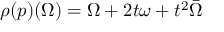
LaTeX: \rho ( p ) ( \Omega ) = \Omega + 2 t \omega + t ^ { 2 } \bar { \Omega }